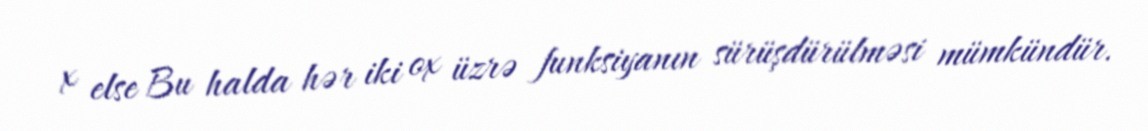
x else Bu halda hər iki ox üzrə funksiyanın sürüşdürülməsi mümkündür.